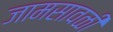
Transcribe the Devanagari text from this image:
जामसावळी